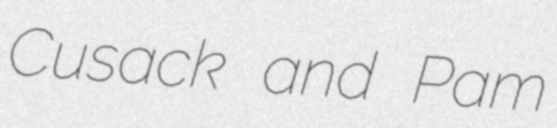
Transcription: Cusack and Pam